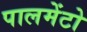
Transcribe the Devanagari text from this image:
पालमेंटो